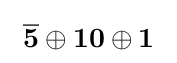
\ {\overline {\mathbf {5} }}\oplus \mathbf {10} \oplus \mathbf {1} ~